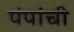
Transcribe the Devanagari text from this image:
पंपांची